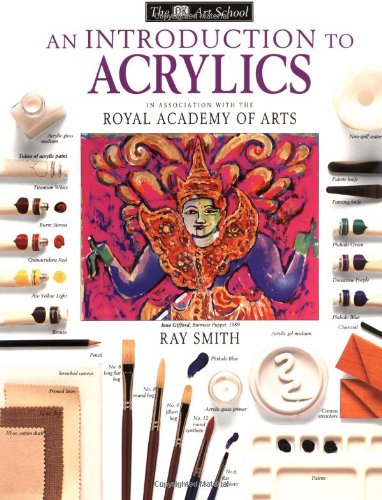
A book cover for DK Art School: an Introduction to Acrylics; Ray Smith; Arts & Photography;